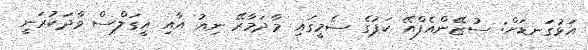
އަޅުގަނޑަށް: ސުޒޭންއެފްއޭ ކަޕުގެ ސެމީގައި މާދަމާރޭ ނިއު އާއި އީގަލްސް ވާދަކުރަނީ